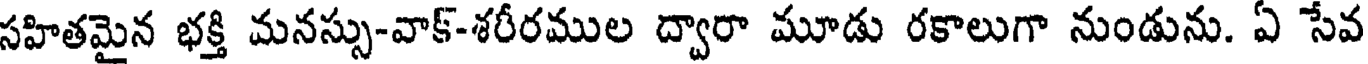
సహితమైన భక్తి మనస్సు-వాక్-శరీరముల ద్వారా మూడు రకాలుగా నుండును. ఏ సేవ